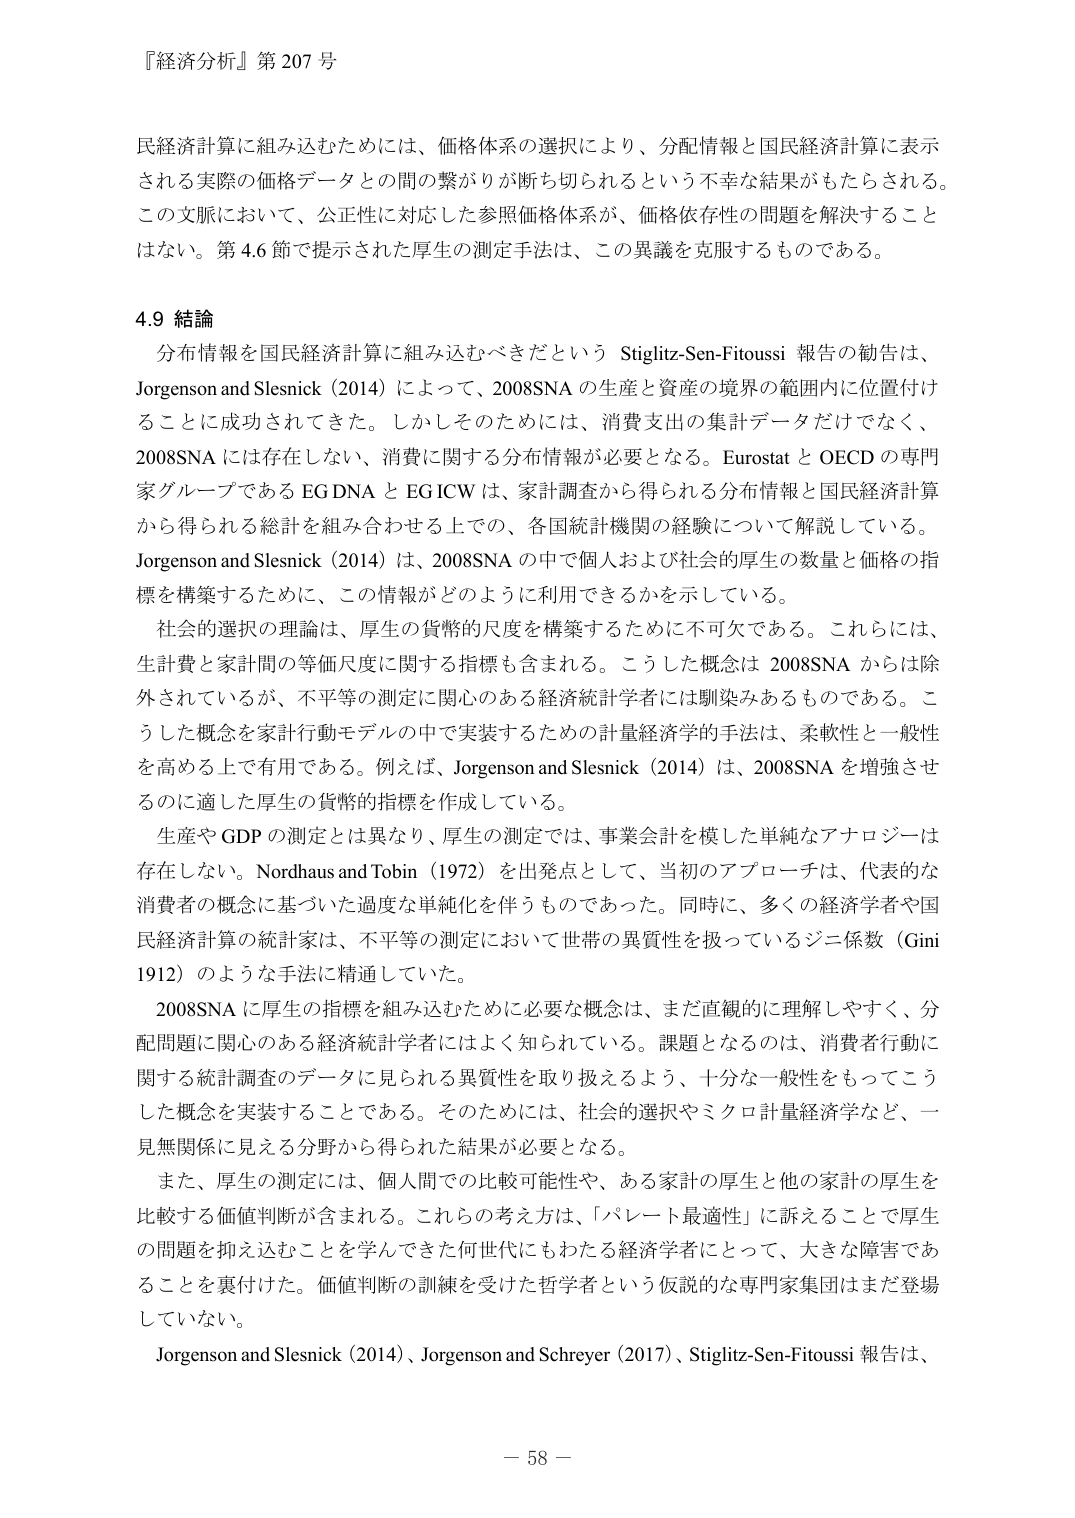
『経済分析』第 207 号

民経済計算に組み込むためには、価格体系の選択により、分配情報と国民経済計算に表示される実際の価格データとの間の繋がりが断ち切られるという不幸な結果がもたらされる。この文脈において、公正性に対応した参照価格体系が、価格依存性の問題を解決することはない。第 4.6 節で提示された厚生の測定手法は、この異議を克服するものである。

4.9 結論

分布情報を国民経済計算に組み込むべきだという Stiglitz-Sen-Fitoussi 報告の勧告は、Jorgenson and Slesnick (2014) によって、2008SNA の生産と資産の境界の範囲内に位置付けることに成功されてきた。しかしそのためには、消費支出の集計データだけでなく、2008SNA には存在しない、消費に関する分布情報が必要となる。Eurostat と OECD の専門家グループである EG DNA と EG ICW は、家計調査から得られる分布情報と国民経済計算から得られる総計を組み合わせる上での、各国統計機関の経験について解説している。Jorgenson and Slesnick (2014) は、2008SNA の中で個人および社会的厚生の数量と価格の指標を構築するために、この情報がどのように利用できるかを示している。

社会的選択の理論は、厚生の貨幣的尺度を構築するために不可欠である。これらには、生計費と家計間の等価尺度に関する指標も含まれる。こうした概念は 2008SNA からは除外されているが、不平等の測定に関心のある経済統計学者には馴染みあるものである。こうした概念を家計行動モデルの中で実装するための計量経済学的手法は、柔軟性と一般性を高める上で有用である。例えば、Jorgenson and Slesnick (2014) は、2008SNA を増強させるのに適した厚生の貨幣的指標を作成している。

生産や GDP の測定とは異なり、厚生の測定では、事業会計を模した単純なアナロジーは存在しない。Nordhaus and Tobin (1972) を出発点として、当初のアプローチは、代表的な消費者の概念に基づいた過度な単純化を伴うものであった。同時に、多くの経済学者や国民経済計算の統計家は、不平等の測定において世帯の異質性を扱っているジニ係数（Gini 1912）のような手法に精通していた。

2008SNA に厚生の指標を組み込むために必要な概念は、まだ直観的に理解しやすく、分配問題に関心のある経済統計学者にはよく知られている。課題となるのは、消費者行動に関する統計調査のデータに見られる異質性を取り扱えるよう、十分な一般性をもってこうした概念を実装することである。そのためには、社会的選択やミクロ計量経済学など、一見無関係に見える分野から得られた結果が必要となる。

また、厚生の測定には、個人間での比較可能性や、ある家計の厚生と他の家計の厚生を比較する価値判断が含まれる。これらの考え方は、「パレート最適性」に訴えることで厚生の問題を抑え込むことを学んできた何世代にもわたる経済学者にとって、大きな障害であることを裏付けた。価値判断の訓練を受けた哲学者という仮説的な専門家集団はまだ登場していない。

Jorgenson and Slesnick (2014)、Jorgenson and Schreyer (2017)、Stiglitz-Sen-Fitoussi 報告は、

－ 58 －